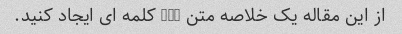
از این مقاله یک خلاصه متن 200 کلمه ای ایجاد کنید.